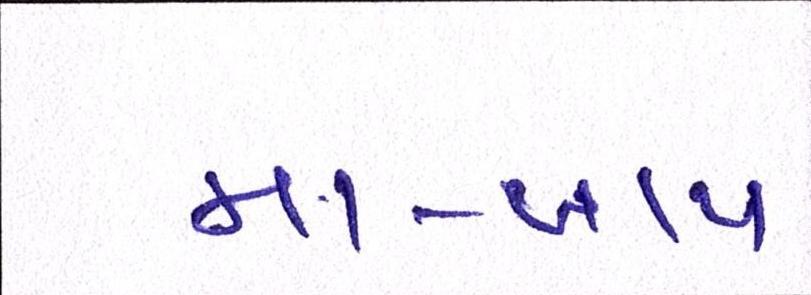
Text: મા-બાપ